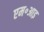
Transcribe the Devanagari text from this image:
एम॰आइ